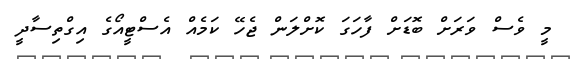
މީ ވެސް ވަރަށް ބޮޑަށް ފާހަގަ ކޮށްލަން ޖެހޭ ކަމެއް އެސްޓީއޯގެ އިގްތިސާދީ